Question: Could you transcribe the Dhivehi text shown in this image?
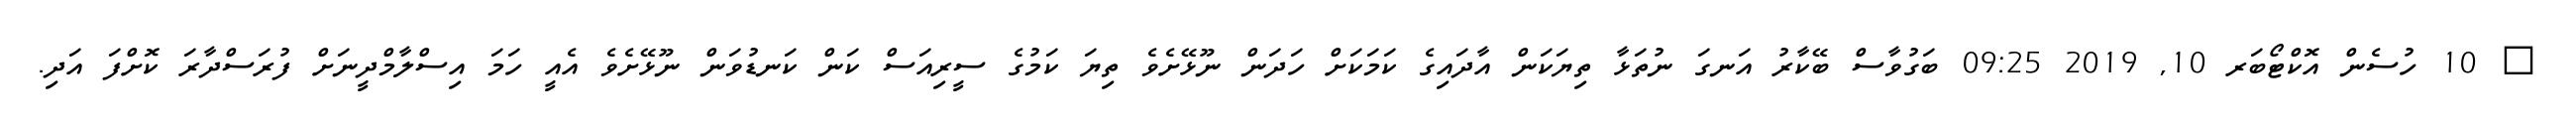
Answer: ? 10 ހުސެން އޮކްޓޯބަރ 10, 2019 09:25 ބަގުވާސް ބޭކާރު އަނގަ ނުތަޅާ ތިޔަކަން އާދައިގެ ކަމަކަށް ހަދަން ނޫޅޭށެވެ ތިޔަ ކަމުގެ ސީރިއަސް ކަން ކަނޑުވަން ނޫޅޭށެވެ އެއީ ހަމަ އިސްލާމްދީނަށް ފުރަސްދާރަ ކޮށްފަ އަދި.